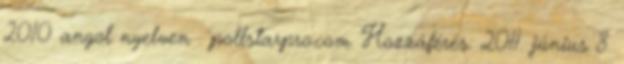
2010 angol nyelven . pollstarpro.com. Hozzáférés: 2011. június 8.